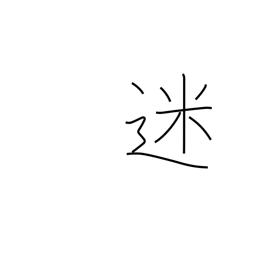
Meaning: in doubt